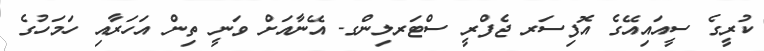
ކުރީގެ ސީއައިއޭގެ އޮފިސަރ ޖެފްރީ ސްޓަރލިންގ- އޭނާއަށް ވަނީ ތިން އަހަރާއި ހަމަހުގެ